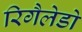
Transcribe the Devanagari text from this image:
रिगैलेडो